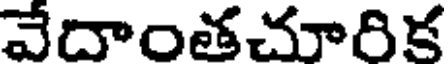
వేదాంతచూరిక